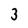
Character: 3